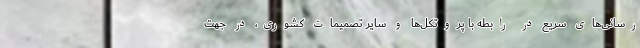
رسانی‌های سریع در رابطه با پروتکل‌ها و سایر تصمیمات کشوری، در جهت